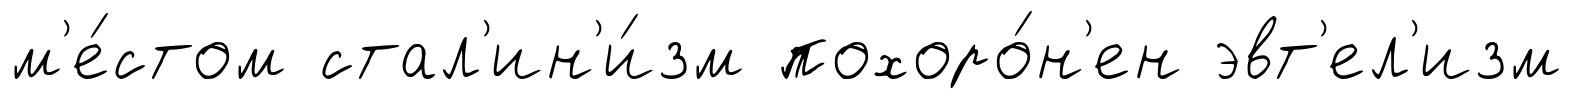
м'е́стом стал'ин'и́зм похоро́н'ен эвт'ел'изм